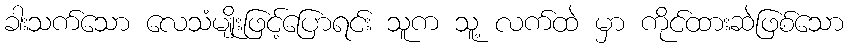
ခါးသက်သော လေသံမျိုးဖြင့်ပြောရင်း သူက သူ့ လက်ထဲ မှာ ကိုင်ထားဆဲဖြစ်သော